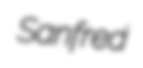
Sanfred